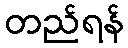
တည်ရန်